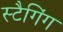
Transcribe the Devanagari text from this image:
स्टैगिंग